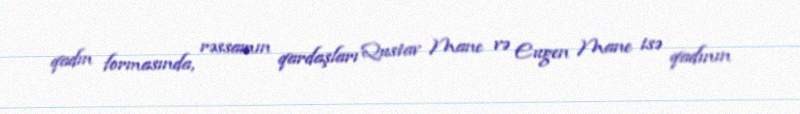
qadın formasında, rəssamın qardaşları Qustav Mane və Eugen Mane isə qadının